Indian journal of veterinary science and animal husbandry - Volume 3,
Year: 1933
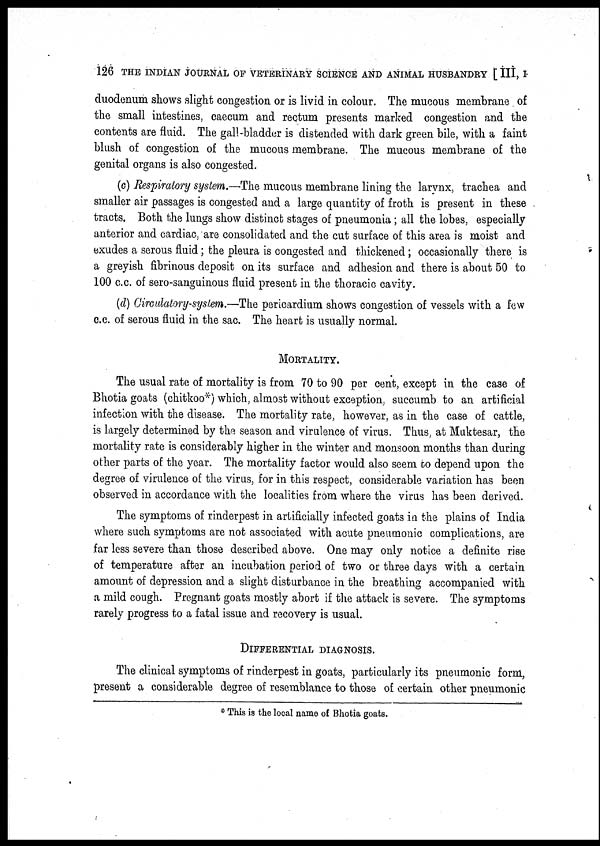
126 THE INDIAN JOURNAL OF VETERINARY SCIENCE AND ANIMAL HUSBANDRY [ III, I
duodenum shows slight congestion or is livid in colour. The mucous membrane of
the small intestines, caecum and rectum presents marked congestion and the
contents are fluid. The gall-bladder is distended with dark green bile, with a faint
blush of congestion of the mucous membrane. The mucous membrane of the
genital organs is also congested.
(c) Respiratory system.—The mucous membrane lining the larynx, trachea and
smaller air passages is congested and a large quantity of froth is present in these
tracts. Both the lungs show distinct stages of pneumonia; all the lobes, especially
anterior and cardiac, are consolidated and the cut surface of this area is moist and
exudes a serous fluid; the pleura is congested and thickened; occasionally there is
a greyish fibrinous deposit on its surface and adhesion and there is about 50 to
100 c.c. of sero-sanguinous fluid present in the thoracic cavity.
(d) Circulatory-system.—The pericardium shows congestion of vessels with a few
c.c. of serous fluid in the sac. The heart is usually normal.
MORTALITY.
The usual rate of mortality is from 70 to 90 per cent, except in the case of
Bhotia goats (chitkoo*) which, almost without exception, succumb to an artificial
infection with the disease. The mortality rate, however, as in the case of cattle,
is largely determined by the season and virulence of virus. Thus, at Muktesar, the
mortality rate is considerably higher in the winter and monsoon months than during
other parts of the year. The mortality factor would also seem to depend upon the
degree of virulence of the virus, for in this respect, considerable variation has been
observed in accordance with the localities from where the virus has been derived.
The symptoms of rinderpest in artificially infected goats in the plains of India
where such symptoms are not associated with acute pneumonic complications, are
far less severe than those described above. One may only notice a definite rise
of temperature after an incubation period of two or three days with a certain
amount of depression and a slight disturbance in the breathing accompanied with
a mild cough. Pregnant goats mostly abort if the attack is severe. The symptoms
rarely progress to a fatal issue and recovery is usual.
DIFFERENTIAL DIAGNOSIS.
The clinical symptoms of rinderpest in goats, particularly its pneumonic form,
present a considerable degree of resemblance to those of certain other pneumonic
* This is the local name of Bhotia goats.